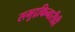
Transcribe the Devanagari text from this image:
समुद्रकिनारीही